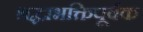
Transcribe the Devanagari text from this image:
श्रद्धाभक्तिपूर्वक